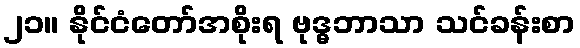
၂၁။ နိုင်ငံတော်အစိုးရ ဗုဒ္ဓဘာသာ သင်ခန်းစာ